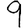
Digit: 9